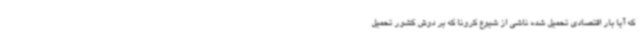
که آیا بار اقتصادی تحمیل شده ناشی از شیوع کرونا که بر دوش کشور تحمیل